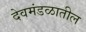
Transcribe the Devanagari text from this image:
देवमंडळातील